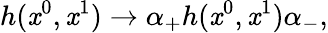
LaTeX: h(\mathit{x}^{0},\mathit{x}^{1})\rightarrow\alpha_{+}h(\mathit{x}^{0},\mathit{x}^{1})\alpha_{-},